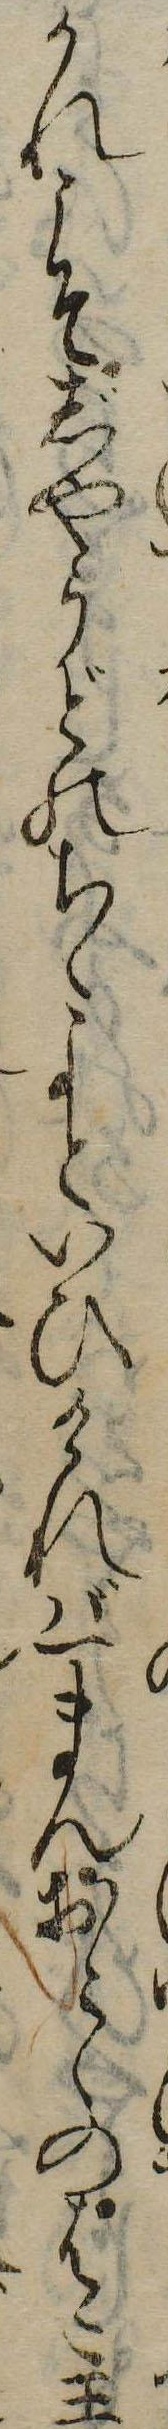
かれこそじやうどのちゝよといひければ一まんおとゝのはこ王